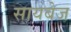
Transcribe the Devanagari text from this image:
सायबेज